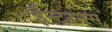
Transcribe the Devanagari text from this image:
ईन्टरनस